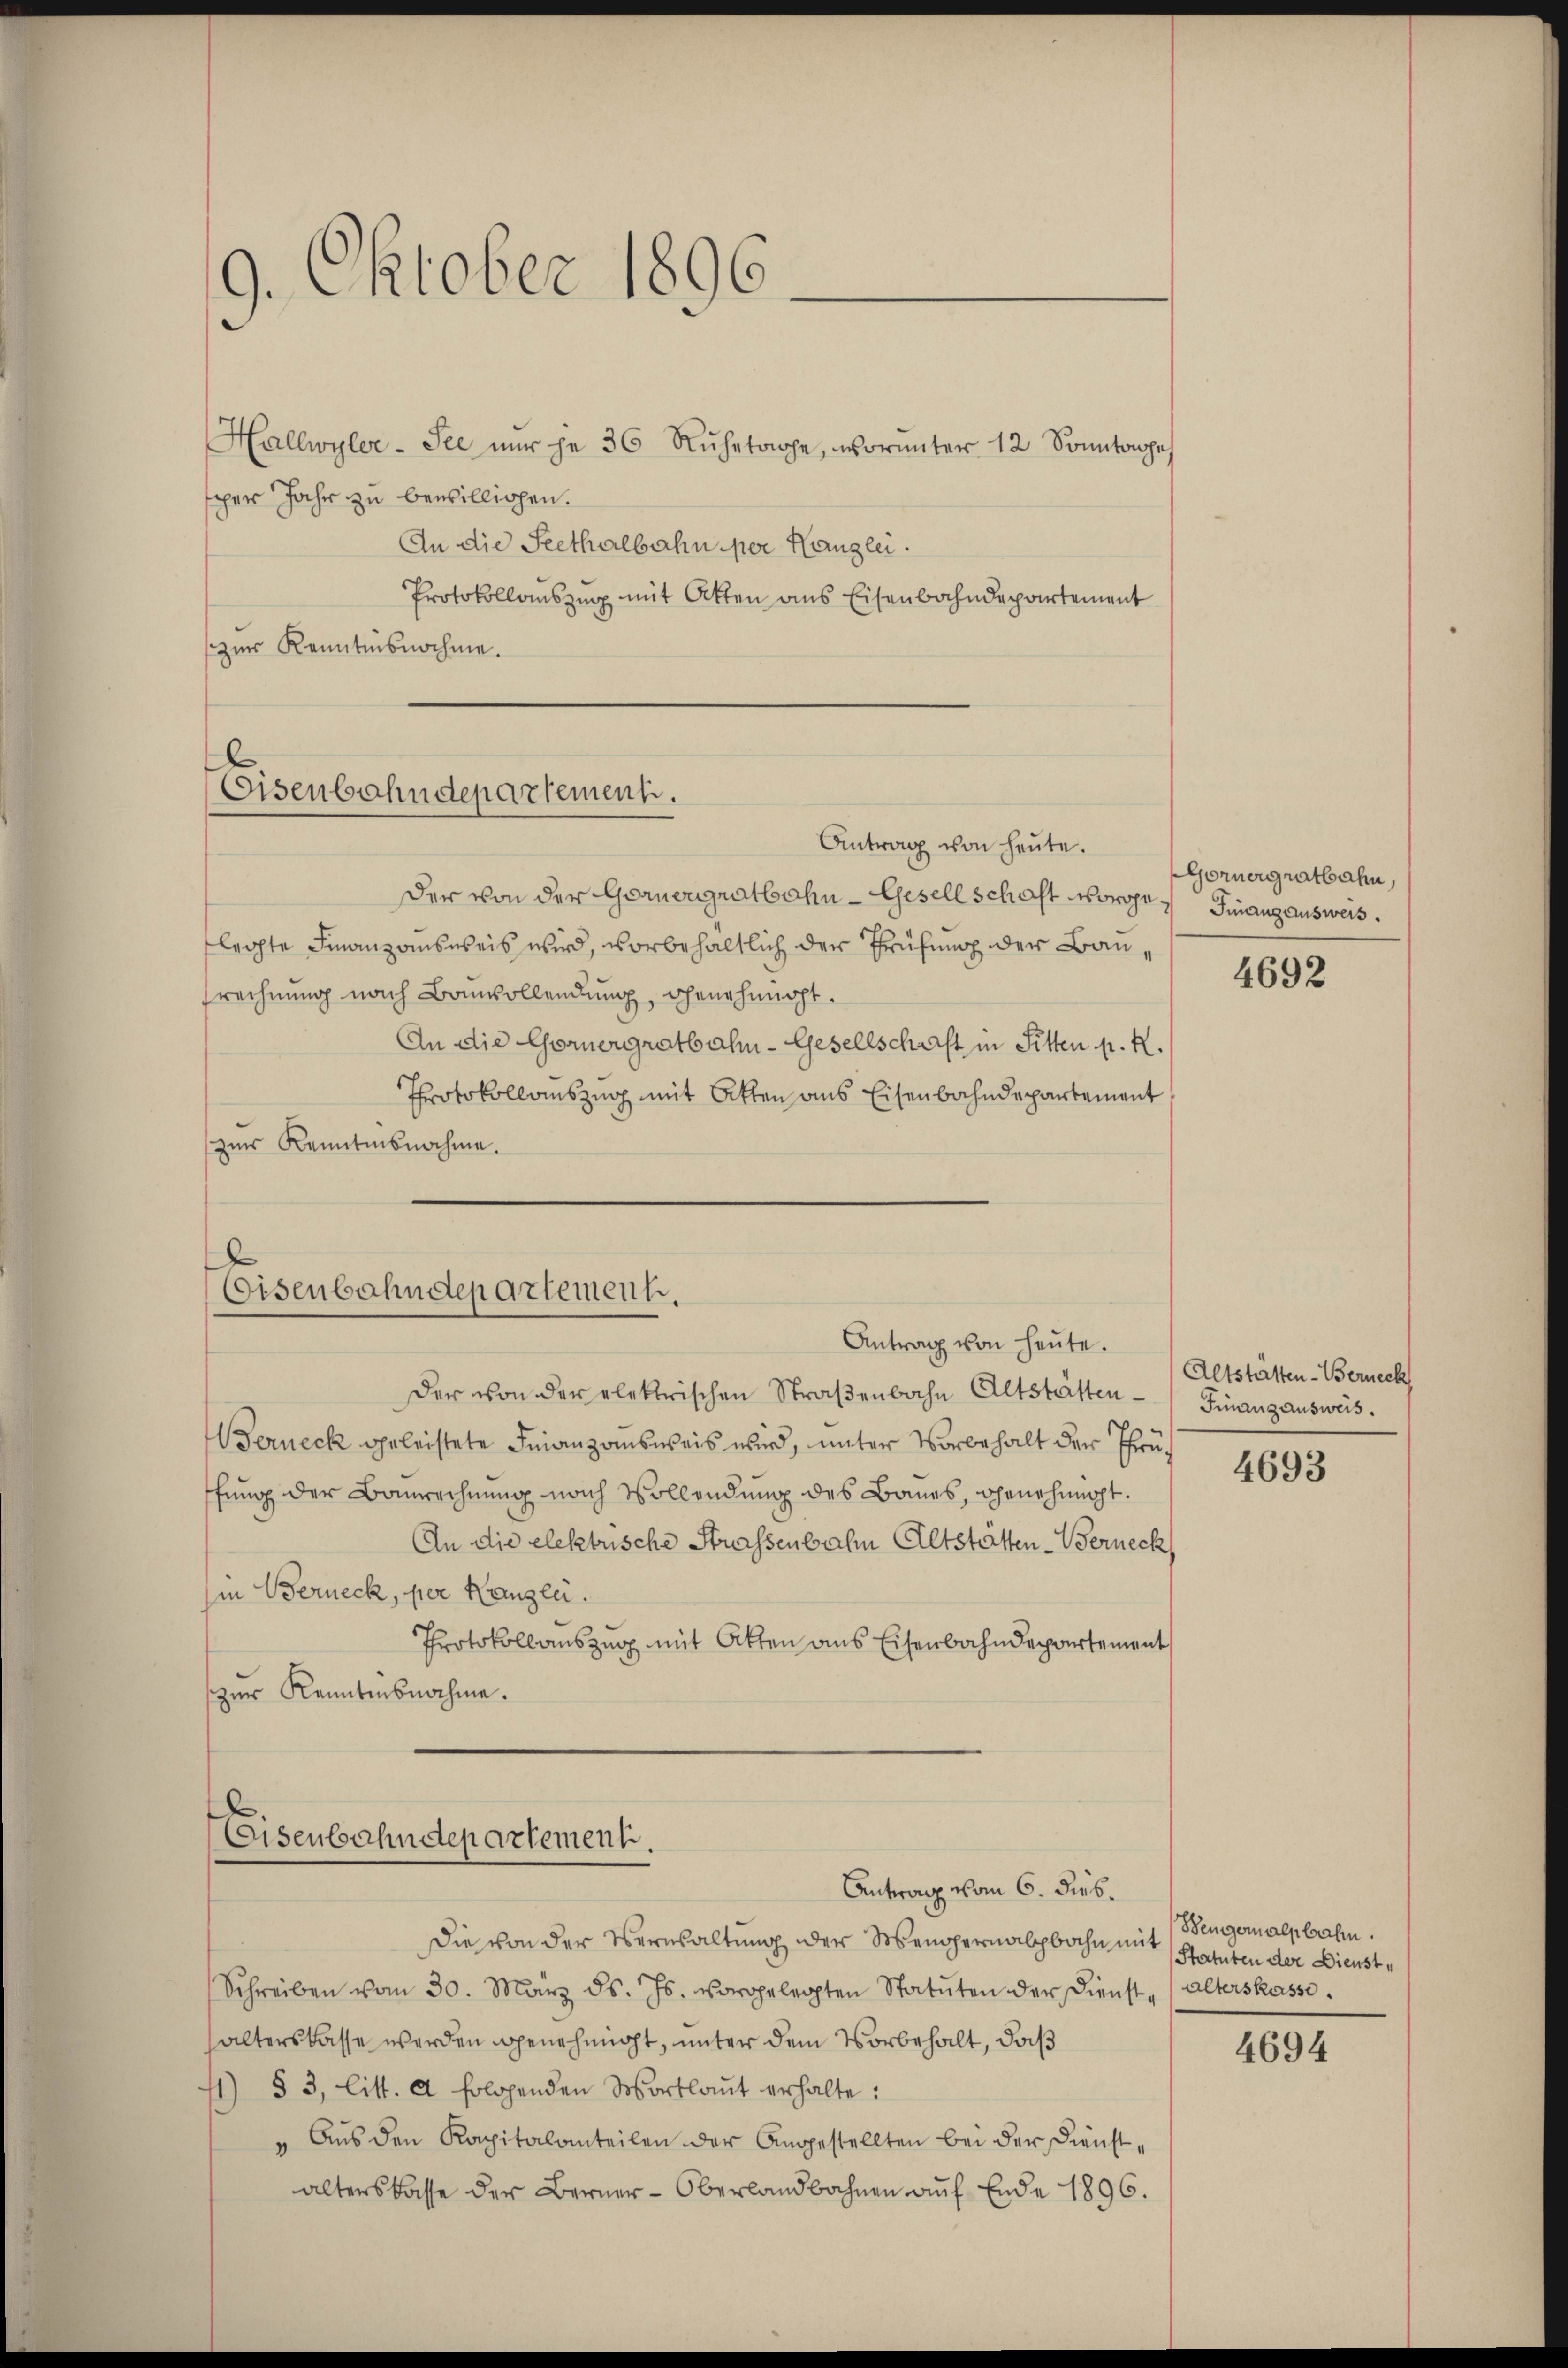
9. Oktober 1896.

Hallwyler-See nŭr je 36 Rŭhetage, worunter 12 Sonntages
sper Jahr zu bewilligen.
An die Seethalbahn per Kanzlei.
Protokollauszug mit Atten ans Eisenbahndepartement
zur Kenntnisnahme.

Eisenbahndepartement.

Antrag von heŭte.
Der von der Gernergratbahn-Gesellschaft vorge Finanzausweis.
flegte Finanzausweis wird, vorbehaltlich der Prüfung der Bausrechnung nach Bauvollendung, genehmigt.
An die Cornergratbahn-Gesellschaft in Sitten p. K.
Protokollauszug mit Atten aus Eisenbahndepartement
zur Kenntnisnahme.

Eisenbahndepartement.
Antrag von heute.

Eisenbahndepartement.
Antrag vom 6. dies.

Der von der elektrischen Straßenbahn Altstätten¬
Berneck geleistete Finanzausweis wird, unter Vorbehalt der Prüffung der Baurechnung nach Vollendung des Baues, genehmigt.
An die elektrische Strassenbahn Altstätten-Verneck
Im Berneck, per Kanzlei.
Protokoll auszug mit Atten aus Eisenbahndepartement
zur Kenntnisnahme.

Die von der Verwaltung der Menopernalbahn mit Statuten der Dienst¬
Schreiben vom 30. März d. Js. vorgelegten Statŭten der Dienstalterskasse.
halterskasse werden genehmigt, unter dem Vorbehalt, daß
1) § 3, litt. a folgenden Wortlaut erhalte:
"Aus den Kapitalanteilen der Angestellten bei der Dienstalterskasse der Berner-Oberlandbahnen auf Ende 1896.

Gornergratbahn,

4692

Altstätten-Berneck
Finanzausweis.

4693

Bengeralplahn.

4694